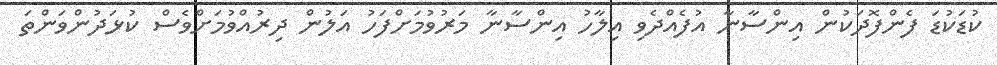
ކުޑަކުޑަ ފެންފޮދަކުން އިންސާނާ އުފެއްދެވި އިލާހު އިންސާނާ މަރުވުމަށްފަހު އަލުން ދިރުއްވުމަށްވެސް ކުޅަދުންވަންތަ